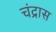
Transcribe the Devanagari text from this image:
चंद्रास